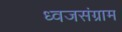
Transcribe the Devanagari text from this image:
ध्वजसंग्राम